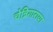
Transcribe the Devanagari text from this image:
चेन्निगाराया